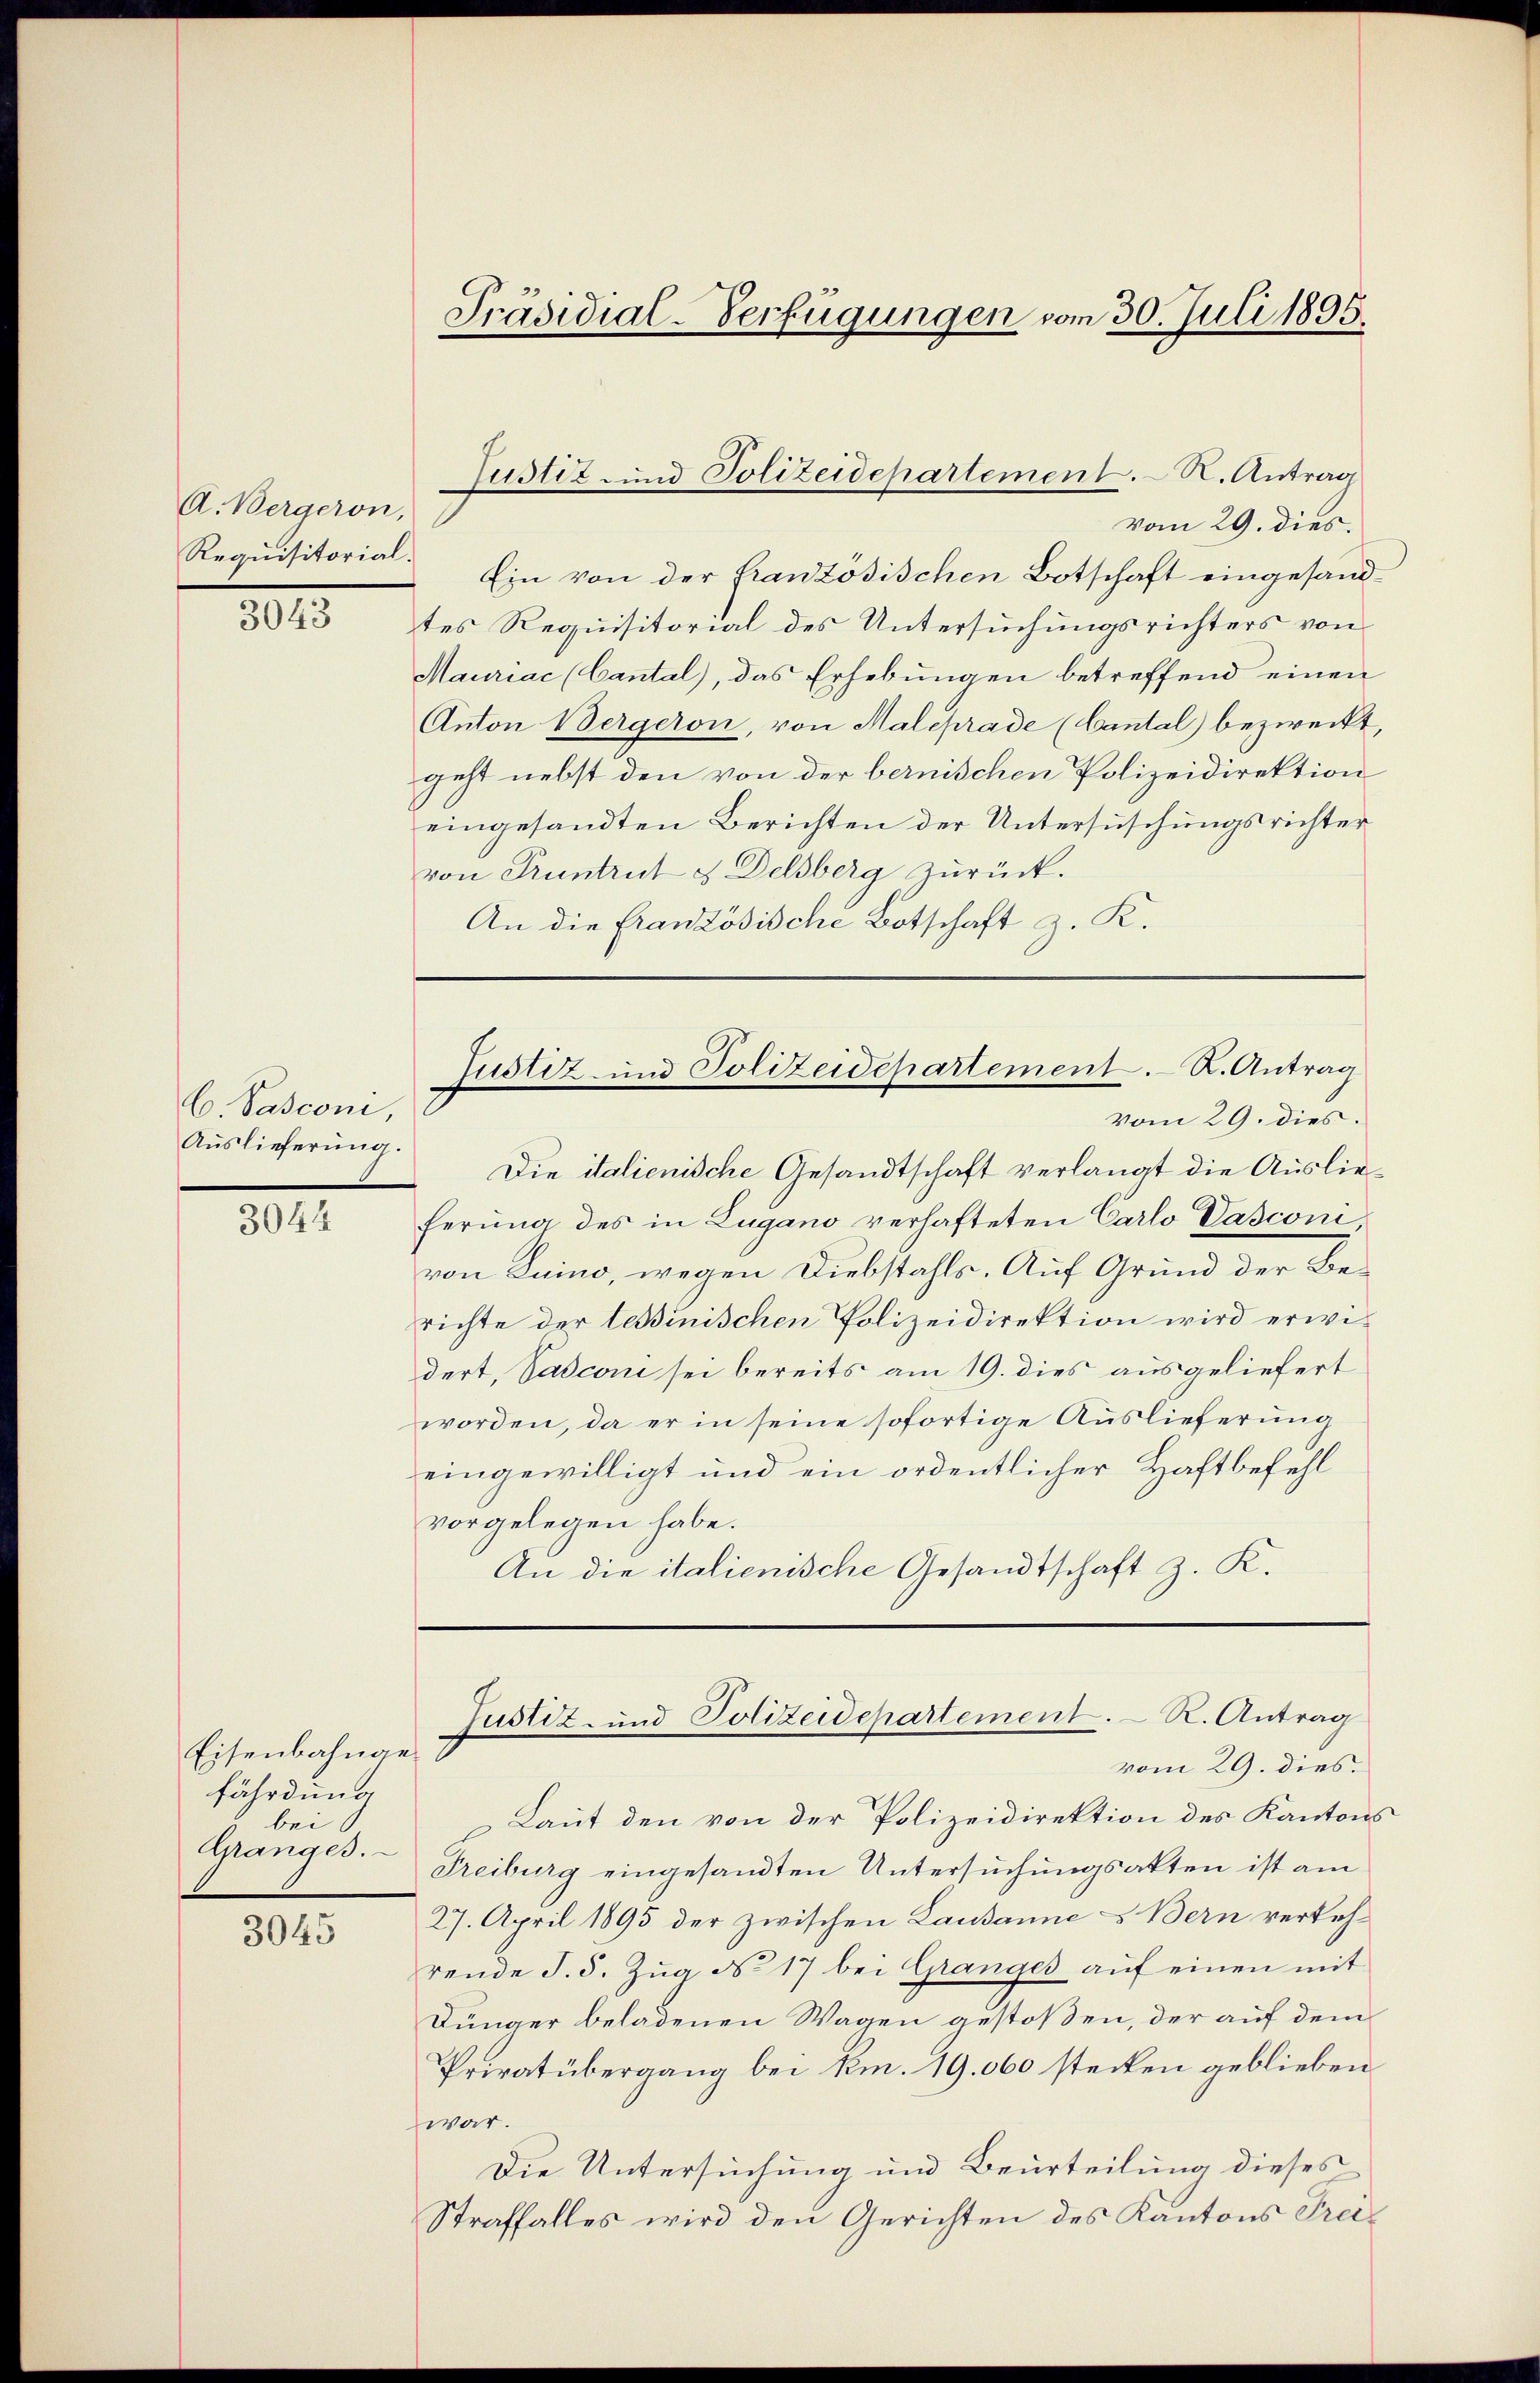
A. Bergeron,
Requisitorial.

3043

C Pasconi,
Auslieferung.

3044

Eisenbahnge
fährdung
bei
Granges.

3045

Ein von der französischen Botschaft eingesandtes Requisitorial des Untersuchungsrichters von
Mauriac (Cantal), das Erhebungen betreffend einen
Anton Bergeron, von Maleprade (Cantal bezweckt,
geht nebst den von der bernischen Polizeidirektion
eingesandten Berichten der Untersuschungsrichter
von Pruntrut u Delsberg zurück.
An die Französische Botschaft z. K.

Die italienische Gesandtschaft verlangt die Auslieferung des in Lugano verhafteten Carlo Vasconi,
von Luino, wegen Diebstahls. Auf Grund der Berichte der tessinischen Polizeidirektion wird erwidert, Pasconi sei bereits am 19. dies ausgeliefert
worden, da er in seine sofortige Auslieferung
eingewilligt und ein ordentlicher Haftbefehl
vorgelegen habe.
An die italienische Gesandtschaft z. K.

Präsidial-Verfügungen vom 30. Juli 1895.

Justiz und Polizeidepartement. – N. Antrag
vom 29. dies.

Justiz- und Polizeidepartement. R. Antrag
vom 29. dies.

Justiz- und Polizeidepartement. R. Antrag
vom 29. dies.

Laut den von der Polizeidirektion des Kantons
Freiburg eingesandten Untersuchungsakten ist am
27. April 1895 der zwischen Lausanne & Bern verkehrende J. S. Zŭg No 17 bei Granges aŭf einen mit
Dünger beladenen Wagen gestoßen, der auf dem
Privatübergang bei km. 19. 000 stecken geblieben.
war.
Die Untersuchung und Beurteilung dieses
Straffalles wird den Gerichten des Kantons Frei¬